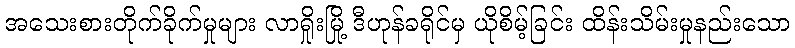
အသေးစားတိုက်ခိုက်မှုများ လာရှိုးမြို့ ဒီဟုန်ခရိုင်မှ ယိုစိမ့်ခြင်း ထိန်းသိမ်းမှုနည်းသော